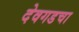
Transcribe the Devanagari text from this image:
देवगडचा